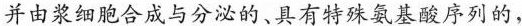
并由浆细胞合成与分泌的、具有特殊氨基酸序列的，